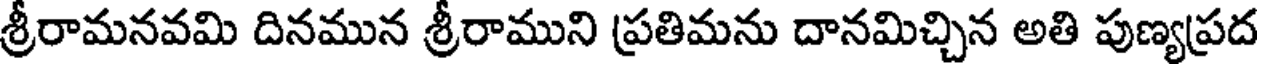
శ్రీరామనవమి దినమున శ్రీరాముని ప్రతిమను దానమిచ్చిన అతి పుణ్యప్రద